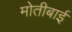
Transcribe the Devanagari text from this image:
मोतीबाई